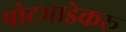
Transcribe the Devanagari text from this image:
पोटभाडेकरू